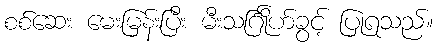
စစ်ဆေး မေးမြန်းပြီး မီးသင်္ဂြိုဟ်ခွင့် ပြုရသည်။